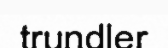
trundler